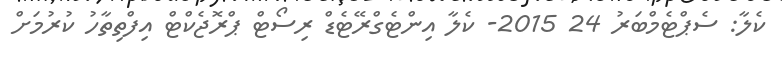
ކެލާ: ސެޕްޓެމްބަރު 24 2015- ކެލާ އިންޓެގްރޭޓެޑް ރިސޯޓް ޕްރޮޖެކްޓް އިފްތިތާހު ކުރުމަށް